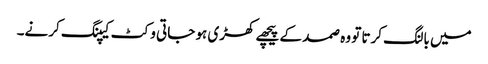
میں بالنگ کرتا تو وہ صمد کے پیچھے کھڑی ہو جاتی وکٹ کیپنگ کرنے۔